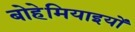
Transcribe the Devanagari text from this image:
बोहेमियाइयों